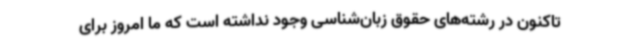
تاکنون در رشته‌های حقوق زبان‌شناسی وجود نداشته است که ما امروز برای